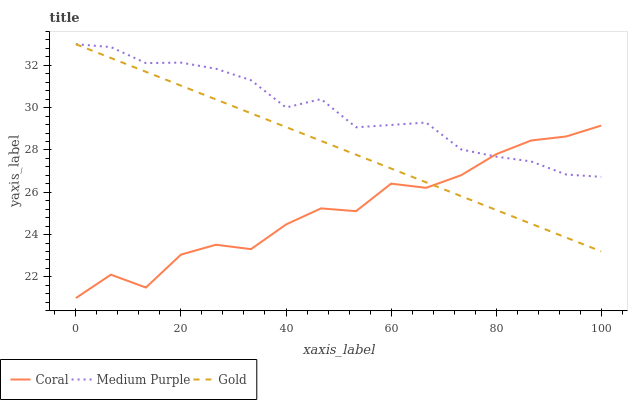
| xaxis_label | Coral | Medium Purple | Gold |
 | --- | --- | --- | --- |
 | 0 | 21 | 33 | 33 |
 | 6.67 | 22.1 | 32.9 | 32.3 |
 | 13.3 | 21.5 | 32.1 | 31.7 |
 | 20 | 23.1 | 32.1 | 31 |
 | 26.7 | 23.5 | 31.8 | 30.4 |
 | 33.3 | 23.3 | 31.3 | 29.7 |
 | 40 | 24.5 | 30 | 29.1 |
 | 46.7 | 25.2 | 30.4 | 28.4 |
 | 53.3 | 25.1 | 29.1 | 27.8 |
 | 60 | 26.4 | 29.2 | 27.1 |
 | 66.7 | 26.2 | 29.3 | 26.5 |
 | 73.3 | 26.8 | 28 | 25.8 |
 | 80 | 27.8 | 27.7 | 25.2 |
 | 86.7 | 28.4 | 27.5 | 24.5 |
 | 93.3 | 28.6 | 26.8 | 23.9 |
 | 100 | 29.2 | 26.7 | 23.2 |